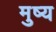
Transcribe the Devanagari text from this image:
मुष्य